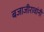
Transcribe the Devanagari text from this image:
बजाजीरावांनी